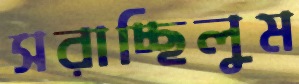
সরাচ্ছিলুম